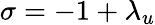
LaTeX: \sigma=-1+\lambda_{u}